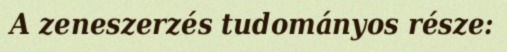
A zeneszerzés tudományos része: